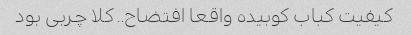
کیفیت کباب کوبیده واقعا افتضاح.. کلا چربی بود